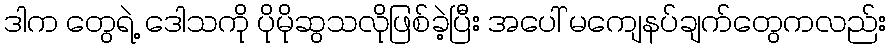
ဒါက တွေရဲ့ ဒေါသကို ပိုမိုဆွသလိုဖြစ်ခဲ့ပြီး အပေါ် မကျေနပ်ချက်တွေကလည်း